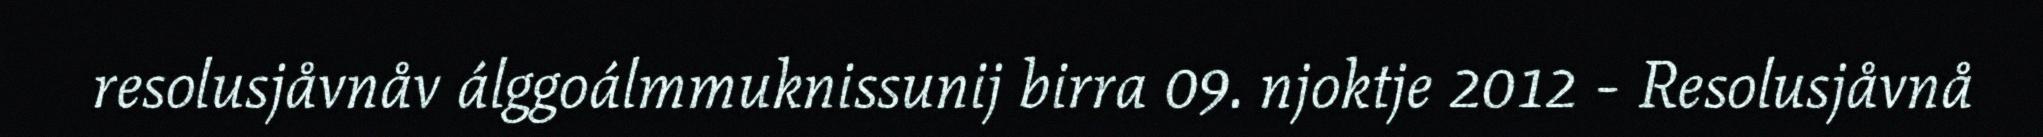
resolusjåvnåv álggoálmmuknissunij birra 09. njoktje 2012 - Resolusjåvnå